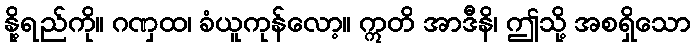
နို့ရည်ကို။ ဂဏှထ၊ ခံယူကုန်လော့။ ဣတိ အာဒီနိ၊ ဤသို့ အစရှိသော